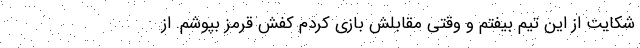
شکایت از این تیم بیفتم و وقتی مقابلش بازی کردم کفش قرمز بپوشم. از